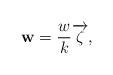
LaTeX: \begin{align*}\mathbf{w}=\frac{w}{k}\overrightarrow{\zeta},\end{align*}